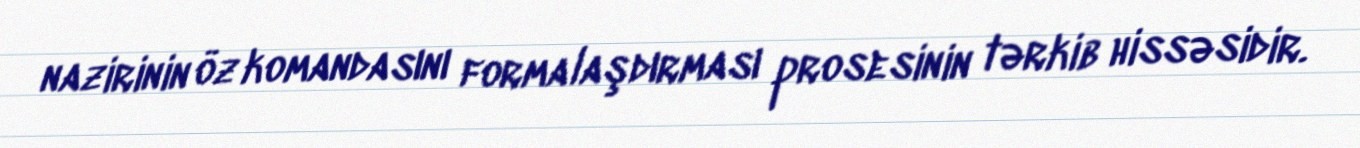
nazirinin öz komandasını formalaşdırması prosesinin tərkib hissəsidir.